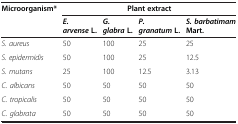
<table><thead><tr><td rowspan="2"><b>Microorganism*</b></td><td colspan="4"><b>Plant extract</b></td></tr><tr><td><b><i>E. arvense </i>L.</b></td><td><b><i>G. glabra </i>L.</b></td><td><b><i>P. granatum </i>L.</b></td><td><b><i>S. barbatimam </i>Mart.</b></td></tr></thead><tbody><tr><td><i>S. aureus</i></td><td>50</td><td>100</td><td>25</td><td>25</td></tr><tr><td><i>S. epidermidis</i></td><td>50</td><td>100</td><td>25</td><td>12.5</td></tr><tr><td><i>S. mutans</i></td><td>25</td><td>100</td><td>12.5</td><td>3.13</td></tr><tr><td><i>C. albicans</i></td><td>50</td><td>50</td><td>50</td><td>50</td></tr><tr><td><i>C. tropicalis</i></td><td>50</td><td>50</td><td>50</td><td>50</td></tr><tr><td><i>C. glabrata</i></td><td>50</td><td>50</td><td>50</td><td>50</td></tr></tbody></table>